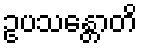
ဥပသန္တောတိ